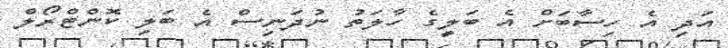
އަދި އެ ހިސާބަށް އެ ބަލީގެ ހާލަތު ނުދަނިސް އެ ބަލި ކޮންޓްރޯލް